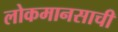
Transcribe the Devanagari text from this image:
लोकमानसाची